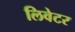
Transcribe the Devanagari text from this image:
लिवेटर